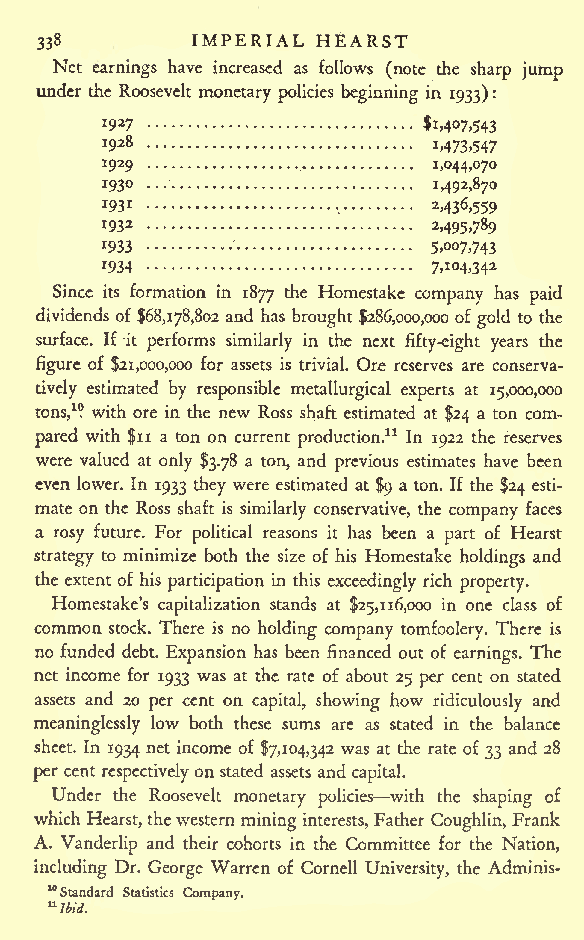
IMPERIAL HEARST
 338
 Net earnings have increased as follows (note the sharp jump
 under the Roosevelt monetary policies beginning in 1933):
 J927                 $1,407,543
 J928                  1,473,547
 *929         ,        1,044,070
 193                   M92 ,87
 J93i                  2,436,559
 *932           -.
 2,495,789
 J933    '             5,007,743
 J934                  7,I04,342
 Since its formation in 1877 the Homestake company has paid
 dividends of $68,178,802 and has brought $286,000,000 of gold to the
 surface. If it performs similarly in the next fifty-eight years the
 figure of $21,000,000 for assets is trivial. Ore reserves are conserva-
 tively estimated by responsible metallurgical experts at 15,000,000
 tons,1 ? with ore in the new Ross shaft estimated at $24 a ton com-
 pared with $11 a ton on current production.11 In 1922 the reserves
 were valued at only $3.78 a ton, and previous estimates have been
 even lower. In 1933 they were estimated at $9 a ton. If the $24 esti-
 mate on the Ross shaft is similarly conservative, the company faces
 a rosy future. For political reasons it has been a part of Hearst
 strategy to minimize both the size of his Homestake holdings and
 the extent of his participation in this exceedingly rich property.
 Homestake's capitalization stands at $25,116,000 in one class of
 common stock. There is no holding company tomfoolery. There is
 no funded debt. Expansion has been financed out of earnings. The
 net income for 1933 was at the rate of about 25 per cent on stated
 assets and 20 per cent on capital, showing how ridiculously and
 meaninglessly low both these sums are as stated in the balance
 sheet. In 1934 net income of $7,104,342 was at the rate of 33 and 28
 per cent respectivelyonstated assets and capital.
 Under the Roosevelt monetary policies with the shaping of
 which Hearst,thewestern mininginterests, Father Coughlin, Frank
 A. Vanderlip and their cohorts in the Committee for the Nation,
 including Dr. George Warren of Cornell University, the Adminis-
 10Standard Statistics Company.